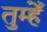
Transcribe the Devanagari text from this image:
तुम्हेँ